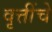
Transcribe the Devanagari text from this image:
वृत्तींचे